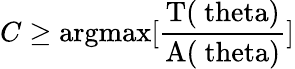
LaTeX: C\geq\mathrm{argmax[\frac{T(\ theta)}{A(\ theta)}]}